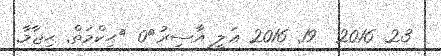
23